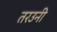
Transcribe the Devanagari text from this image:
तरउनी